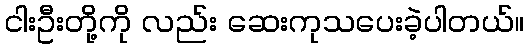
ငါးဦးတို့ကို လည်း ဆေးကုသပေးခဲ့ပါတယ်။